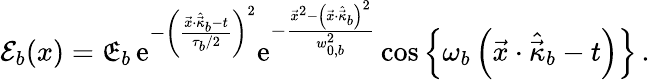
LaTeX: {\cal E}_{b}(x)={\mathfrak E}_{b}\, \mathrm{e}^{-\left(\frac{\vec{x}\cdot\hat{\vec{\kappa}}_{b}-t}{\tau_{b}/2}\right)^{2}}\mathrm{e}^{-\frac{\vec{x}^{2}-\left(\vec{x}\cdot\hat{\vec{\kappa}}_{b}\right)^{2}}{w_{0,b}^{2}}}\cos\left\{ \omega_{b}\left(\vec{x}\cdot\hat{\vec{\kappa}}_{b}-t\right)\right\} \, .